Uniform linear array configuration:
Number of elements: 16
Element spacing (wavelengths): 1
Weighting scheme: exponential
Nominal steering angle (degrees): -30
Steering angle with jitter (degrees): -28.131
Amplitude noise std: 0.05
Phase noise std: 0.05

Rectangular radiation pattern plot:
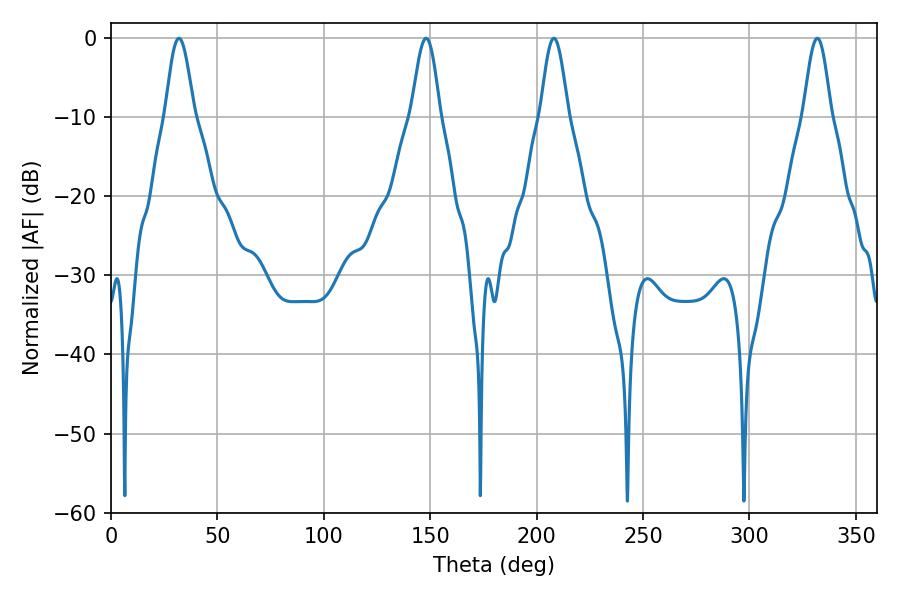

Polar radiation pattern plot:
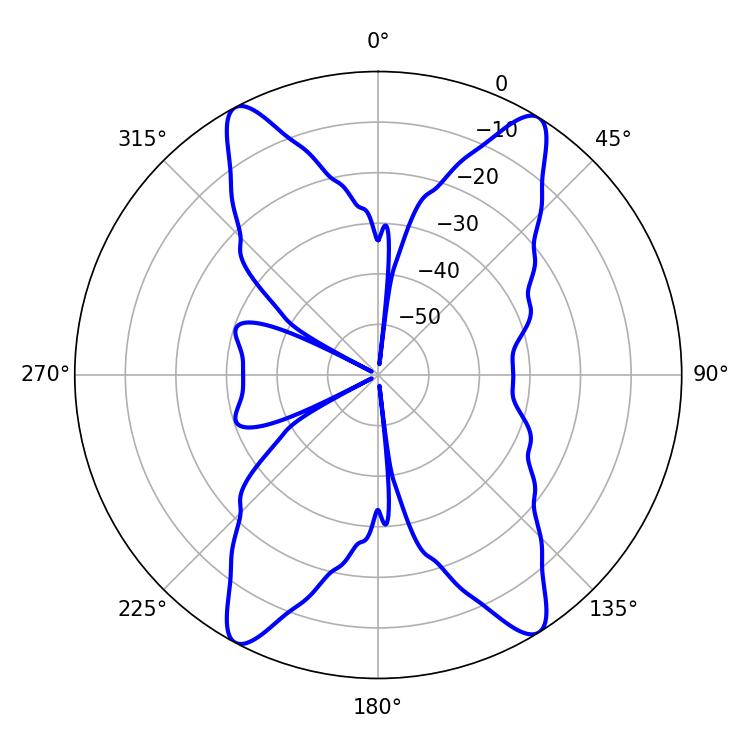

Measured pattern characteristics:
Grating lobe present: TRUE
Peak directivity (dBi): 18.865
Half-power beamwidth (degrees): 7.02
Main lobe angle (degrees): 208.08